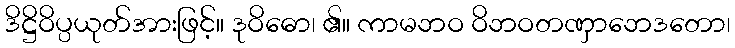
ဒိဋ္ဌိဝိပ္ပယုတ်အားဖြင့်။ ဒုဝိဓော၊ ၏။ ကာမဘဝ ဝိဘဝတဏှာဘေဒတော၊